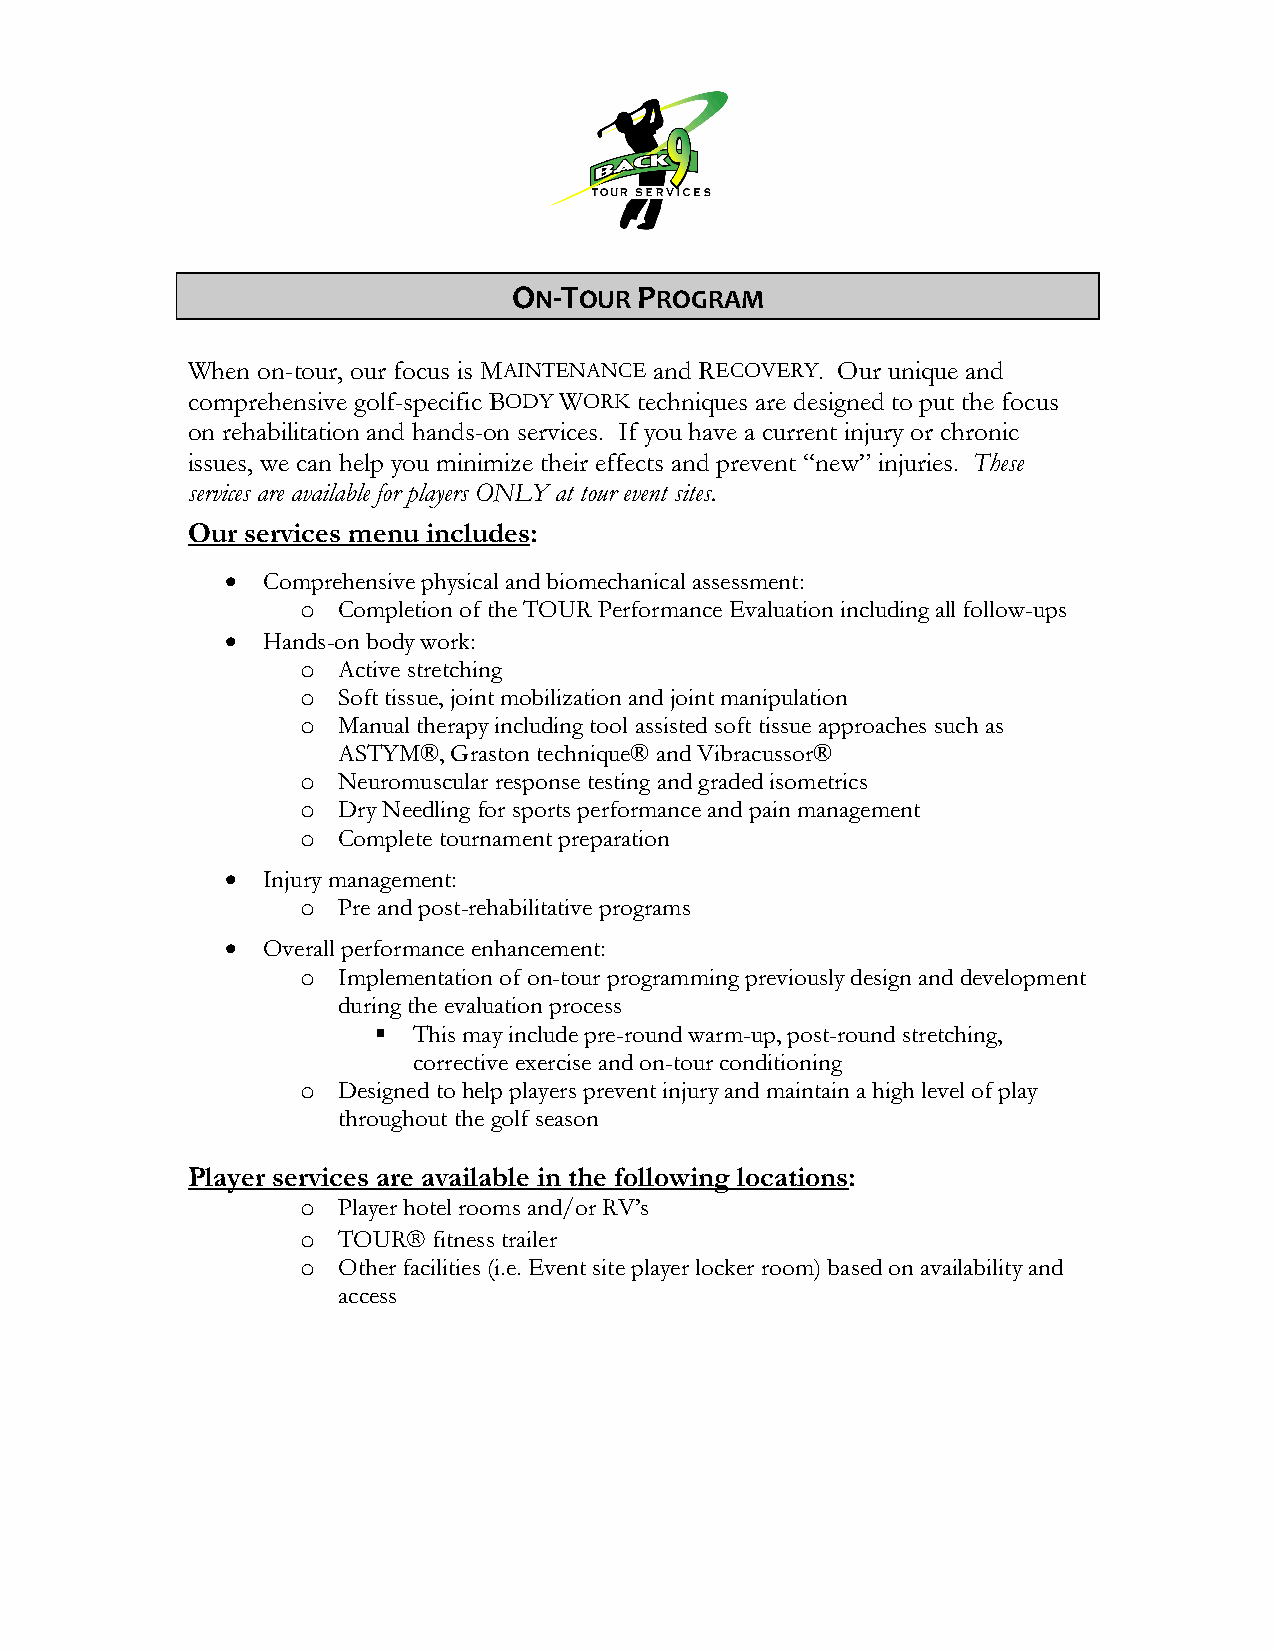
ON-TOUR PROGRAM
 When on-tour, our focus is MAINTENANCE and RECOVERY. Our unique and
 comprehensive golf-specific BODY WORK techniques are designed to put the focus
 on rehabilitation and hands-on services. If you have a current injury or chronic
 issues, we can help you minimize their effects and prevent “new” injuries. These
 services are available for players ONLY at tour event sites.
 Our services menu includes:
 • Comprehensive physical and biomechanical assessment:
 o Completion of the TOUR Performance Evaluation including all follow-ups
 • Hands-on body work:
 o Active stretching
 o Soft tissue, joint mobilization and joint manipulation
 o Manual therapy including tool assisted soft tissue approaches such as
 ASTYM®, Graston technique® and Vibracussor®
 o Neuromuscular response testing and graded isometrics
 o Dry Needling for sports performance and pain management
 o Complete tournament preparation
 • Injury management:
 o Pre and post-rehabilitative programs
 • Overall performance enhancement:
 o Implementation of on-tour programming previously design and development
 during the evaluation process
 § This may include pre-round warm-up, post-round stretching,
 corrective exercise and on-tour conditioning
 o Designed to help players prevent injury and maintain a high level of play
 throughout the golf season
 Player services are available in the following locations:
 o Player hotel rooms and/or RV’s
 o TOURÒ  fitness trailer
 o Other facilities (i.e. Event site player locker room) based on availability and
 access